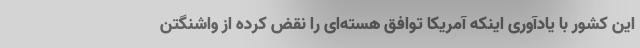
این کشور با یادآوری اینکه آمریکا توافق هسته‌ای را نقض کرده از واشنگتن